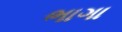
ભાગા